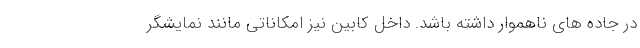
در جاده های ناهموار داشته باشد. داخل کابین نیز امکاناتی مانند نمایشگر